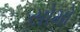
સોમો